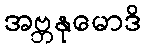
အဗ္ဘနုမောဒိ